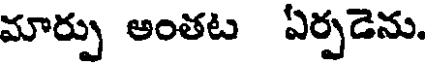
మార్పు అంతట ఏర్పడెను.